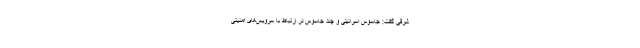
شرقی گفت: جاسوس اسرائیلی و چند جاسوس در ارتباط با سرویس‌های امنیتی